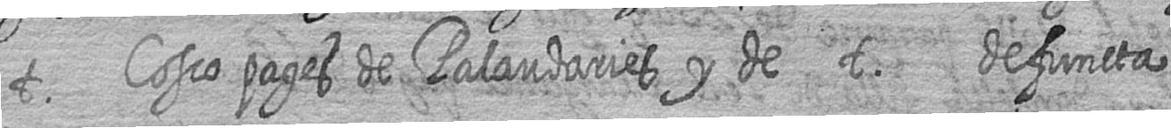
t Cosco pages de Palaudaries y de t defuncta